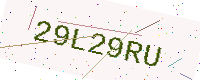
Text: 29L29RU